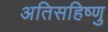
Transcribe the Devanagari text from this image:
अतिसहिष्णु